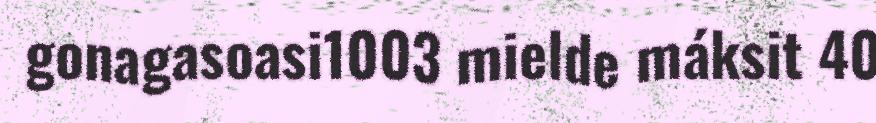
gonagasoasi1003 mielde máksit 40